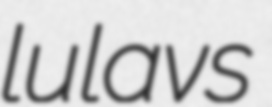
lulavs